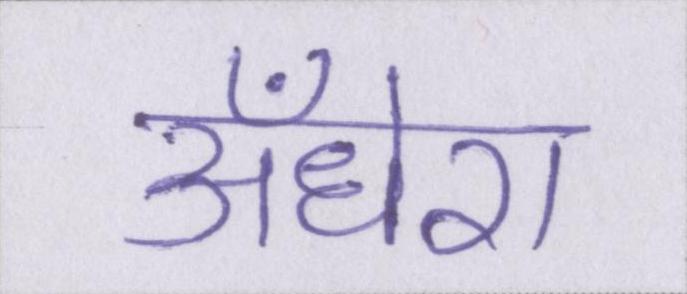
अँधेरा